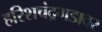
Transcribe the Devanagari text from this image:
हरिशचंद्रगडावर